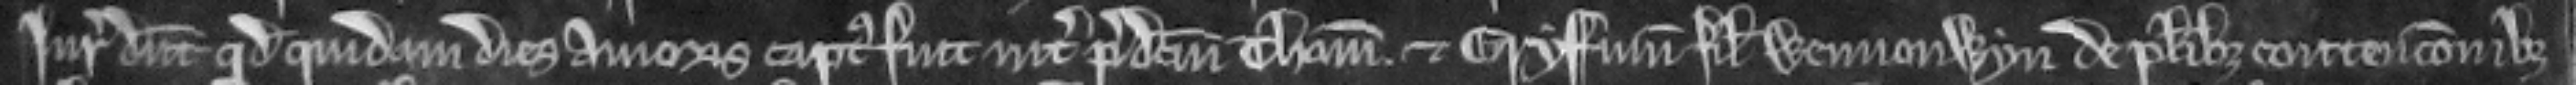
Juratores dicunt quod quidam dies amoris captus fuit inter predictum Thomam. et Gryffinum filium Wennonwyn de pluribus contencionibus